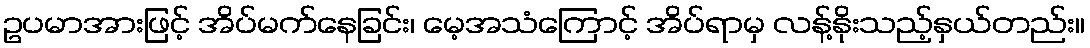
ဥပမာအားဖြင့် အိပ်မက်နေခြင်း၊ မေ့အသံကြောင့် အိပ်ရာမှ လန့်နိုးသည့်နှယ်တည်း။